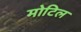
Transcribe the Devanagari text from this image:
मोटिल